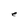
Character: e